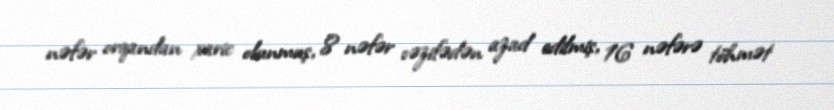
nəfər orqandan xaric olunmuş, 8 nəfər vəzifədən azad edilmiş, 16 nəfərə töhmət